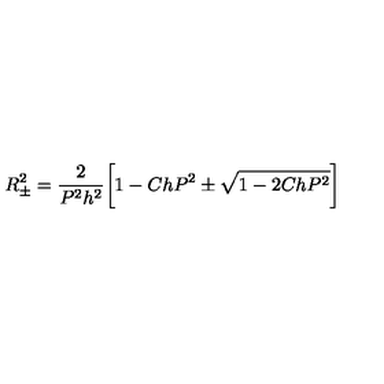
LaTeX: R _ { \pm } ^ { 2 } = \frac { 2 } { P ^ { 2 } h ^ { 2 } } \bigg [ 1 - C h P ^ { 2 } \pm \sqrt { 1 - 2 C h P ^ { 2 } } \bigg ]